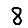
Digit: 8